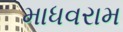
માધવરામ